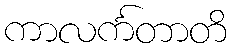
ကာလင်္ကတာတိ